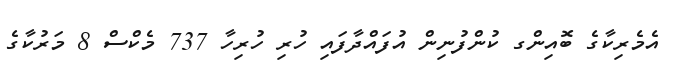
އެމެރިކާގެ ބޮއިންގ ކުންފުނިން އުފައްދާފައި ހުރި ހުރިހާ 737 މެކްސް 8 މަރުކާގެ